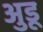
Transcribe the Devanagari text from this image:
अुडू